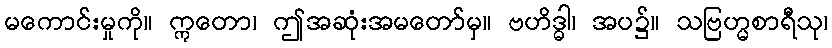
မကောင်းမှုကို။ ဣတော၊ ဤအဆုံးအမတော်မှ။ ဗဟိဒ္ဓါ၊ အပ၌။ သဗြဟ္မစာရီသု၊